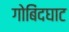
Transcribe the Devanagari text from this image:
गोबिंदघाट